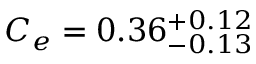
C _ { e } = 0 . 3 6 _ { - 0 . 1 3 } ^ { + 0 . 1 2 }